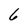
Character: 6